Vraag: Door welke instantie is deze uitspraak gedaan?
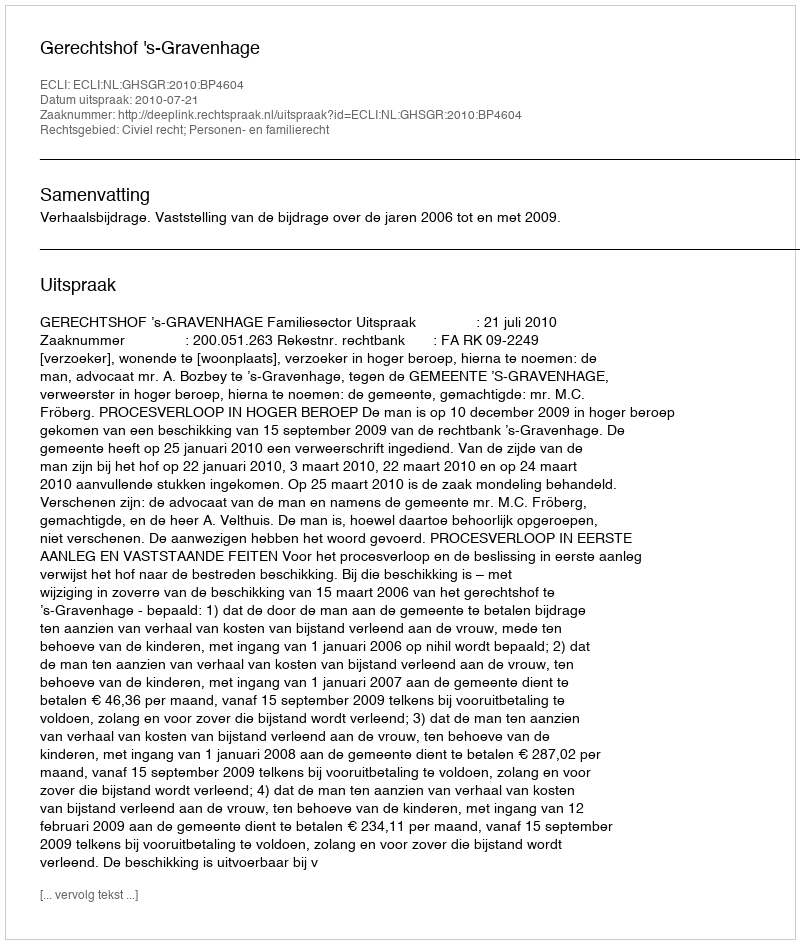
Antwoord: Gerechtshof 's-Gravenhage